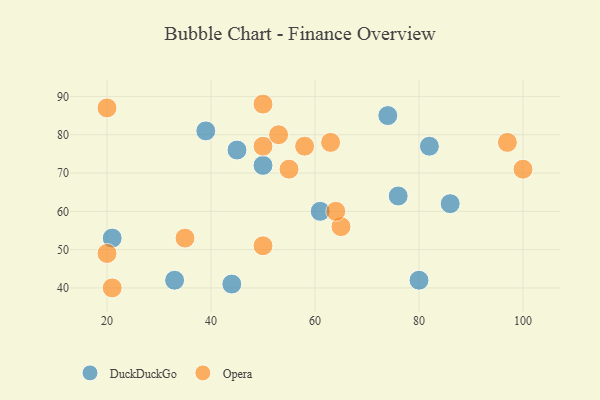
{"axis": {"x": "GDP", "y": "Life Expectancy"}, "legend": ["DuckDuckGo", "Opera"], "data": [{"x": "61", "y": 60, "type": "DuckDuckGo"}, {"x": "45", "y": 76, "type": "DuckDuckGo"}, {"x": "74", "y": 85, "type": "DuckDuckGo"}, {"x": "76", "y": 64, "type": "DuckDuckGo"}, {"x": "82", "y": 77, "type": "DuckDuckGo"}, {"x": "21", "y": 53, "type": "DuckDuckGo"}, {"x": "39", "y": 81, "type": "DuckDuckGo"}, {"x": "80", "y": 42, "type": "DuckDuckGo"}, {"x": "86", "y": 62, "type": "DuckDuckGo"}, {"x": "50", "y": 72, "type": "DuckDuckGo"}, {"x": "44", "y": 41, "type": "DuckDuckGo"}, {"x": "33", "y": 42, "type": "DuckDuckGo"}, {"x": "55", "y": 71, "type": "Opera"}, {"x": "65", "y": 56, "type": "Opera"}, {"x": "97", "y": 78, "type": "Opera"}, {"x": "21", "y": 40, "type": "Opera"}, {"x": "20", "y": 49, "type": "Opera"}, {"x": "63", "y": 78, "type": "Opera"}, {"x": "50", "y": 77, "type": "Opera"}, {"x": "50", "y": 88, "type": "Opera"}, {"x": "20", "y": 87, "type": "Opera"}, {"x": "35", "y": 53, "type": "Opera"}, {"x": "53", "y": 80, "type": "Opera"}, {"x": "58", "y": 77, "type": "Opera"}, {"x": "100", "y": 71, "type": "Opera"}, {"x": "64", "y": 60, "type": "Opera"}, {"x": "50", "y": 51, "type": "Opera"}]}